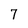
Character: 7